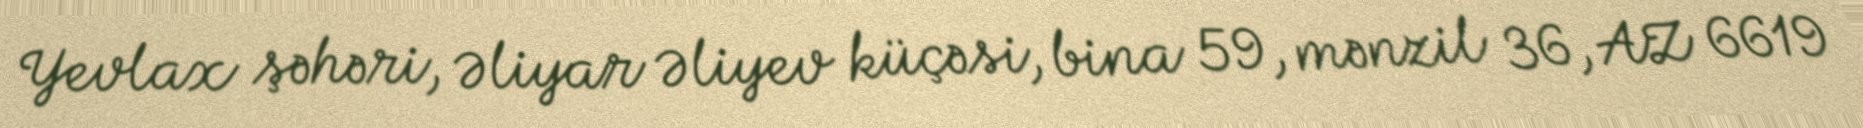
Yevlax şəhəri, Əliyar Əliyev küçəsi, bina 59, mənzil 36, AZ 6619